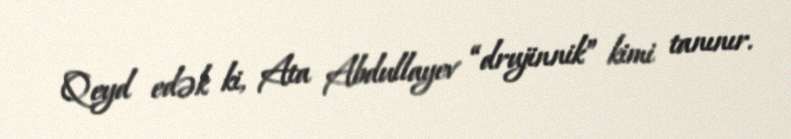
Qeyd edək ki, Ata Abdullayev “drujinnik” kimi tanınır.